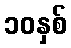
၁၀နှစ်